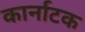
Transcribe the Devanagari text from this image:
कार्नाटक